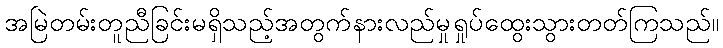
အမြဲတမ်းတူညီခြင်းမရှိသည့်အတွက်နားလည်မှုရှုပ်ထွေးသွားတတ်ကြသည်။